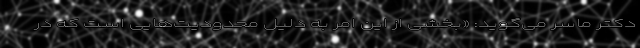
دکتر ماسر می‌گوید: «بخشی از این امر به دلیل محدودیت‌هایی است که در